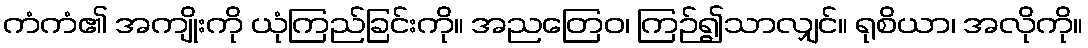
ကံကံ၏ အကျိုးကို ယုံကြည်ခြင်းကို။ အညတြေဝ၊ ကြဉ်၍သာလျှင်။ ရုစိယာ၊ အလိုကို။